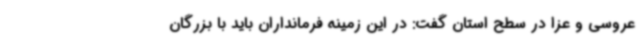
عروسی و عزا در سطح استان گفت: در این زمینه فرمانداران باید با بزرگان